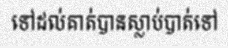
ទៅដល់គាត់បានស្លាប់បាត់ទៅ